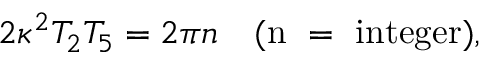
2 \kappa ^ { 2 } T _ { 2 } T _ { 5 } = 2 \pi n \quad ( \mathrm { n ~ = ~ i n t e g e r } ) ,